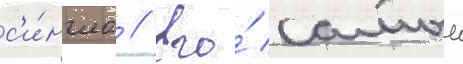
с'и́нгла // Его́ самыи